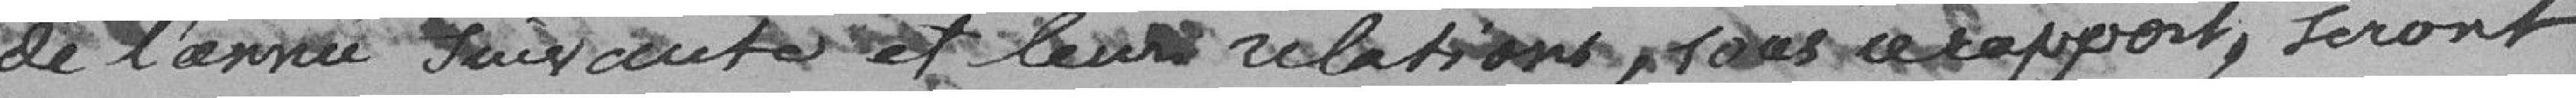
de l'année suivante et leurs relations, sous ce rapport, seront